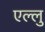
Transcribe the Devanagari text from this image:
एल्लु